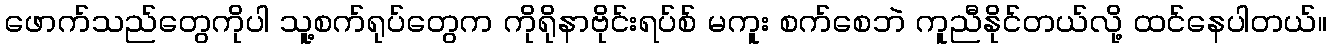
ဖောက်သည်တွေကိုပါ သူ့စက်ရုပ်တွေက ကိုရိုနာဗိုင်းရပ်စ် မကူး စက်စေဘဲ ကူညီနိုင်တယ်လို့ ထင်နေပါတယ်။